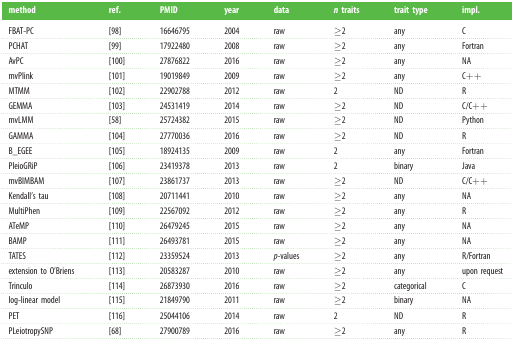
| method | ref. | PMID | year | data | n traits | trait type | impl. |
 | --- | --- | --- | --- | --- | --- | --- | --- |
 | FBAT-PC | [98] | 16646795 | 2004 | raw | ≥2 | any | C |
 | PCHAT | [99] | 17922480 | 2008 | raw | ≥2 | any | Fortran |
 | AvPC | [100] | 27876822 | 2016 | raw | ≥2 | any | NA |
 | mvPlink | [101] | 19019849 | 2009 | raw | ≥2 | any | C++ |
 | MTMM | [102] | 22902788 | 2012 | raw | 2 | ND | R |
 | GEMMA | [103] | 24531419 | 2014 | raw | ≥2 | ND | C/C++ |
 | mvLMM | [58] | 25724382 | 2015 | raw | ≥2 | ND | Python |
 | GAMMA | [104] | 27770036 | 2016 | raw | ≥2 | ND | R |
 | B_EGEE | [105] | 18924135 | 2009 | raw | 2 | any | Fortran |
 | PleioGRiP | [106] | 23419378 | 2013 | raw | 2 | binary | Java |
 | mvBIMBAM | [107] | 23861737 | 2013 | raw | ≥2 | ND | C/C++ |
 | Kendall's tau | [108] | 20711441 | 2010 | raw | ≥2 | any | NA |
 | MultiPhen | [109] | 22567092 | 2012 | raw | ≥2 | any | R |
 | ATeMP | [110] | 26479245 | 2015 | raw | ≥2 | any | NA |
 | BAMP | [111] | 26493781 | 2015 | raw | ≥2 | any | NA |
 | TATES | [112] | 23359524 | 2013 | p-values | ≥2 | any | R/Fortran |
 | extension to O'Briens | [113] | 20583287 | 2010 | raw | ≥2 | any | upon request |
 | Trinculo | [114] | 26873930 | 2016 | raw | ≥2 | categorical | C |
 | log-linear model | [115] | 21849790 | 2011 | raw | ≥2 | binary | NA |
 | PET | [116] | 25044106 | 2014 | raw | 2 | ND | R |
 | PLeiotropySNP | [68] | 27900789 | 2016 | raw | ≥2 | any | R |